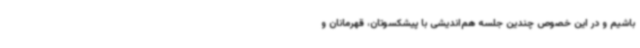
باشیم و در این خصوص چندین جلسه هم‌اندیشی با پیشکسوتان، قهرمانان و